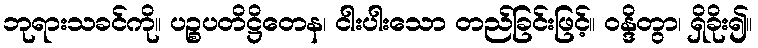
ဘုရားသခင်ကို။ ပဉ္စပတိဋ္ဌိတေန၊ ငါးပါးသော တည်ခြင်းဖြင့်။ ဝန္ဒိတွာ၊ ရှိခိုး၍။